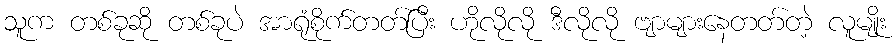
သူက တစ်ခုဆို တစ်ခုပဲ အာရုံစိုက်တတ်ပြီး ဟိုလိုလို ဒီလိုလို ဗျာများနေတတ်တဲ့ လူမျိုး